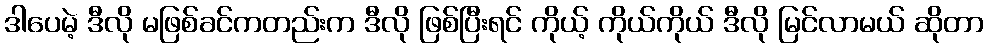
ဒါပေမဲ့ ဒီလို မဖြစ်ခင်ကတည်းက ဒီလို ဖြစ်ပြီးရင် ကိုယ့် ကိုယ်ကိုယ် ဒီလို မြင်လာမယ် ဆိုတာ